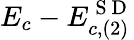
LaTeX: E_{c}-E_{c,(2)}^{\mathrm{~S~D~}}